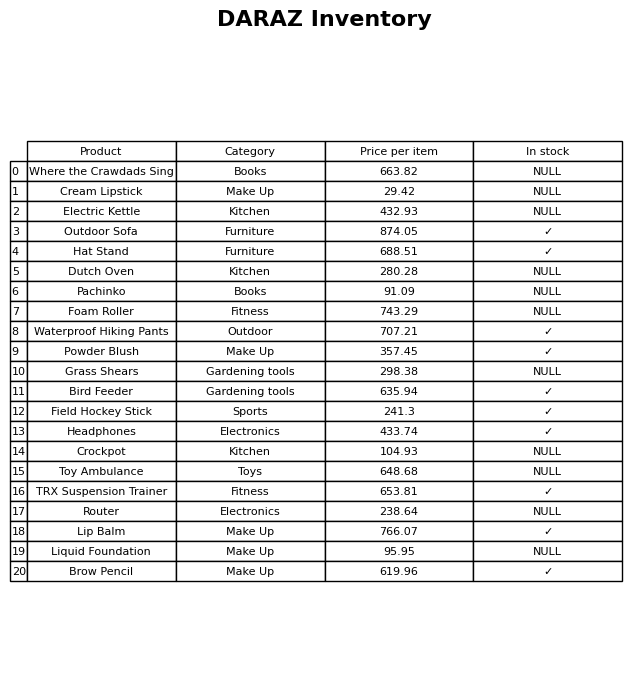
question: Is the Pachinko in stock?
answer: NULL